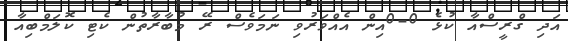
އަދި ގްރީސްއާ ކުޅެ 0-0އިން އެއްވަރުވި ނަމަވެސް ރޭ މުބާރާތުން ކެޓި ކޮލަމްބިއާ